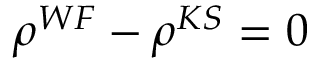
\rho ^ { W F } - \rho ^ { K S } = 0